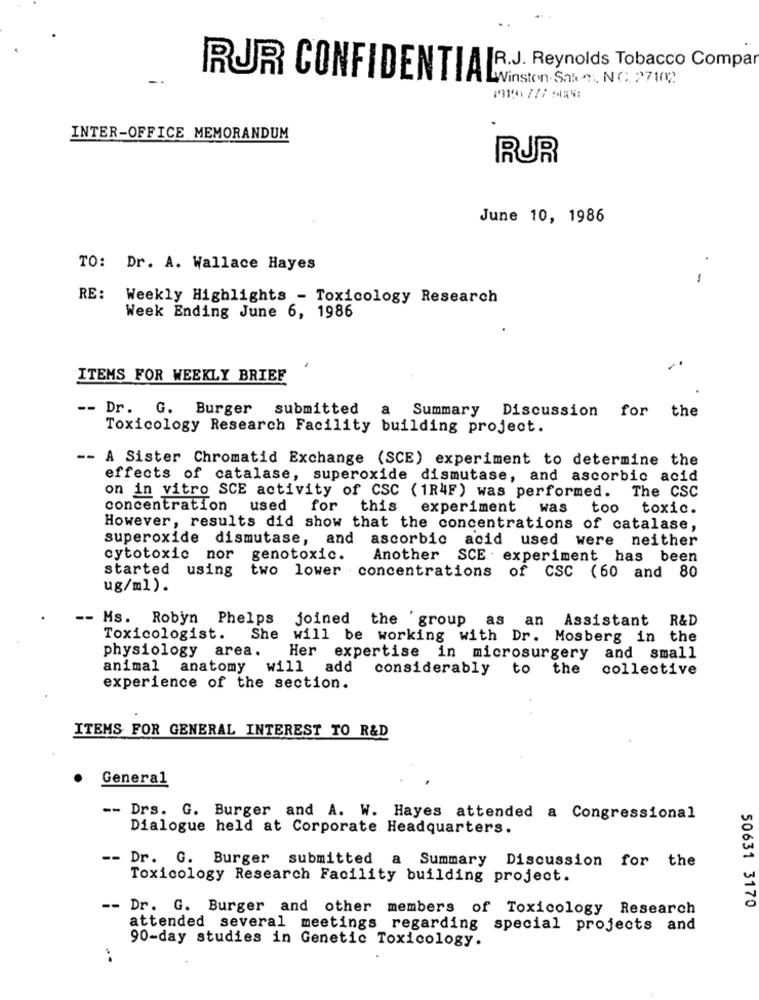
RJR CONFIDENTIALR.J. Reynolds Tobacco Compar
INTER-OFFICE MEMORANDUM
RUR
June 10, 1986
TO: Dr. A. Wallace Hayes
-
RE: Weekly Highlights - Toxicology Research
Week Ending June 6, 1986
ITEMS FOR WEEKLY BRIEF
--
Dr. G. Burger submitted a Summary Discussion for the
Toxicology Research Facility building project.
-- A Sister Chromatid Exchange (SCE) experiment to determine the
effects of catalase, superoxide dismutase, and ascorbic acid
on in vitro SCE activity of CSC (1R4F) was performed. The CSC
concentration used for
this
experiment
was
too
toxic.
However, results did show that the concentrations of catalase,
superoxide
dismutase, and ascorbic acid used were neither
cytotoxic nor genotoxic.
Another SCE experiment has been
started using two lower concentrations
of CSC (60 and 80
ug/ml).
-- Ms. Robyn Phelps
joined the group as an
Assistant R&D
Toxicologist.
She will be working with Dr. Mosberg in the
physiology area.
Her expertise in microsurgery and small
animal anatomy will add
considerably to the
collective
experience of the section.
ITEMS FOR GENERAL INTEREST TO R&D
General
-- Drs. G. Burger and A. W. Hayes attended a Congressional
Dialogue held at Corporate Headquarters.
--
Dr. G. Burger submitted a Summary Discussion for the
Toxicology Research Facility building project.
-- Dr. G. Burger and other members of Toxicology Research
50631 3170
attended several meetings regarding special projects and
90-day studies in Genetic Toxicology.
..